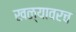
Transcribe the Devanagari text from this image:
खळ्यावरच